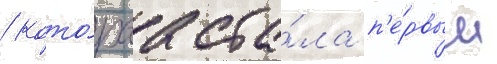
/ кото́раа ста́ла п'е́рвым